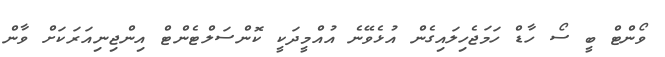
ވޯންޓް ބީ ސޯ ހާޑް ހަމަޖެހިލައިގެން އުޅެވޭނެ އުއްމީދަކީ ކޮންސަލްޓެންޓް އިންޖިނިއަރަކަށް ވާން